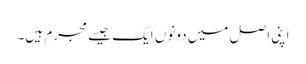
اپنی اصل میں دونوں ایک جیسے مجرم ہیں۔